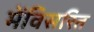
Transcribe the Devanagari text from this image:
मेंविसरित